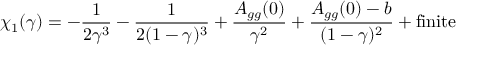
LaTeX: \chi _ { 1 } ( \gamma ) = - \frac { 1 } { 2 \gamma ^ { 3 } } - \frac { 1 } { 2 ( 1 - \gamma ) ^ { 3 } } + \frac { A _ { g g } ( 0 ) } { \gamma ^ { 2 } } + \frac { A _ { g g } ( 0 ) - b } { ( 1 - \gamma ) ^ { 2 } } + \mathrm { f i n i t e }